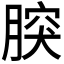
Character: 𦝬